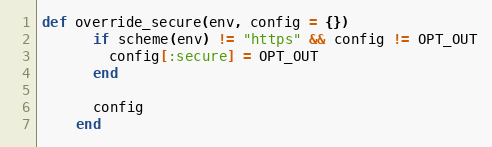
Language: Ruby
def override_secure(env, config = {})
      if scheme(env) != "https" && config != OPT_OUT
        config[:secure] = OPT_OUT
      end

      config
    end